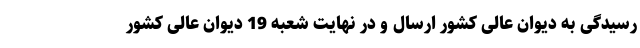
رسیدگی به دیوان عالی کشور ارسال و در نهایت شعبه 19 دیوان عالی کشور